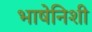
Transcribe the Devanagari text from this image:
भाषेनिशी